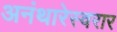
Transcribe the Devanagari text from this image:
अनंथारेस्वरार